Statistical return of the lunatic asylum in Assam - 1912-1932
Year: 1912
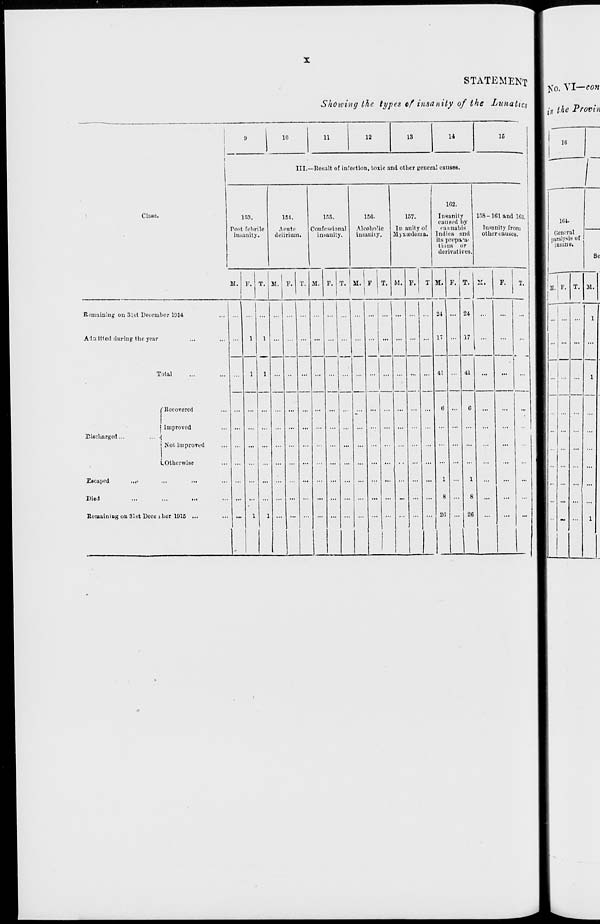
Class.
Remaining on 31st December 1014
Ada itled during the year
STATEMENT
Showing the types ef insanity of the Lunatics
10
15
III.—Result of infection, toxic and other genera! causes.
Discharged...
Total
Recovered
Improved
Not improved
^Otherwise
<!
Escaped
...•
Died
Romainiug on 31st Deco ibor 1915 ..
153.
151.
155.
15C
157.
Post febrile
Acute
Confessional
Alcoholic
In ar.il
insanity.
delirium.
insanity.
insanity.
Alyxuede
M. P. T. M, F. T. M. F. T. H.
!
F T.
1
M. P.
102.
Iimanily
caused by
raunabis
Indlca and
its prepa -a-
tions or
derivatives.
158-101 and 103.
Insanity from
other causes.
M. F. T
1
1
24
41
24
17
41
jCo. VI—con
l)l the Provin
16
164.
General
paralysis of
.ii. me.
So
F. T. M.
...
...
...
...
1
1
1